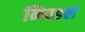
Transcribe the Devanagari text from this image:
निवडलं